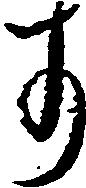
す